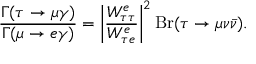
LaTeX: \frac { \Gamma ( \tau \rightarrow \mu \gamma ) } { \Gamma ( \mu \rightarrow e \gamma ) } = \left| \frac { W _ { \tau \tau } ^ { e } } { W _ { \tau e } ^ { e } } \right| ^ { 2 } \mathrm { B r } ( \tau \rightarrow \mu \nu \bar { \nu } ) .